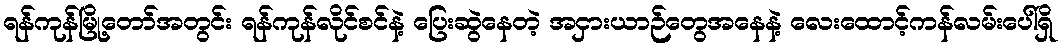
ရန်ကုန်မြို့တော်အတွင်း ရန်ကုန်လိုင်စင်နဲ့ ပြေးဆွဲနေတဲ့ အငှားယာဉ်တွေအနေနဲ့ လေးထောင့်ကန်လမ်းပေါ်ရှိ